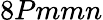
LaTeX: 8Pmmn